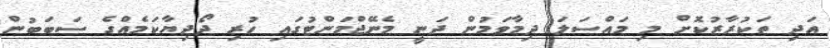
އަދި ތަކުރާރުކޮށް މި މައްސަލަ ދިމާވަމުން ދަނީ މެނޭޖްމަންޓުގައި ހުރި ދޯދިޔާކަމެއްގެ ސަބަބުން